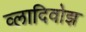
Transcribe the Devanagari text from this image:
व्लादिवोझ